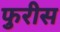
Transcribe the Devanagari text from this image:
फुरीस